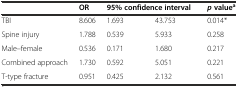
|  | OR | <COLSPAN=2> 95% confidence interval | pvaluea |
 | --- | --- | --- | --- | --- |
 | TBI | 8.606 | 1.693 | 43.753 | 0.014* |
 | Spine injury | 1.788 | 0.539 | 5.933 | 0.258 |
 | Male–female | 0.536 | 0.171 | 1.680 | 0.217 |
 | Combined approach | 1.730 | 0.592 | 5.051 | 0.221 |
 | T-type fracture | 0.951 | 0.425 | 2.132 | 0.561 |